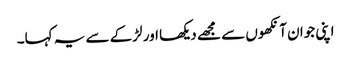
اپنی جوان آنکھوں سے مجھے دیکھا اور لڑکے سے یہ کہا۔